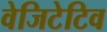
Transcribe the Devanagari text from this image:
वेजिटेटिव